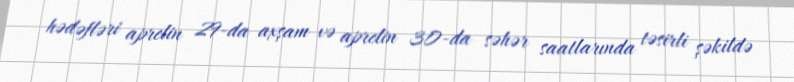
hədəfləri aprelin 29-da axşam və aprelin 30-da səhər saatlarında təsirli şəkildə